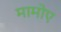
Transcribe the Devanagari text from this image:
मामोए